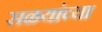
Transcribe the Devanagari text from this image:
सळयांच्या